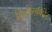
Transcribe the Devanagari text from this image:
विच्केत्कीपेर